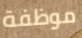
موظفة